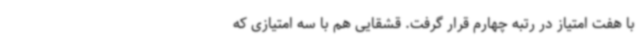
با هفت امتیاز در رتبه چهارم قرار گرفت. قشقایی هم با سه امتیازی که